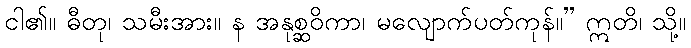
ငါ၏။ ဓီတု၊ သမီးအား။ န အနုစ္ဆဝိကာ၊ မလျောက်ပတ်ကုန်။” ဣတိ၊ သို့။